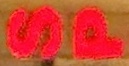
SP